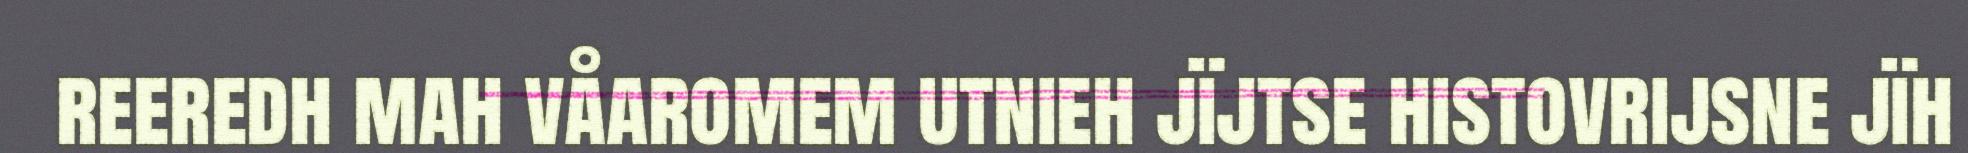
reeredh mah våaromem utnieh jïjtse histovrijsne jïh